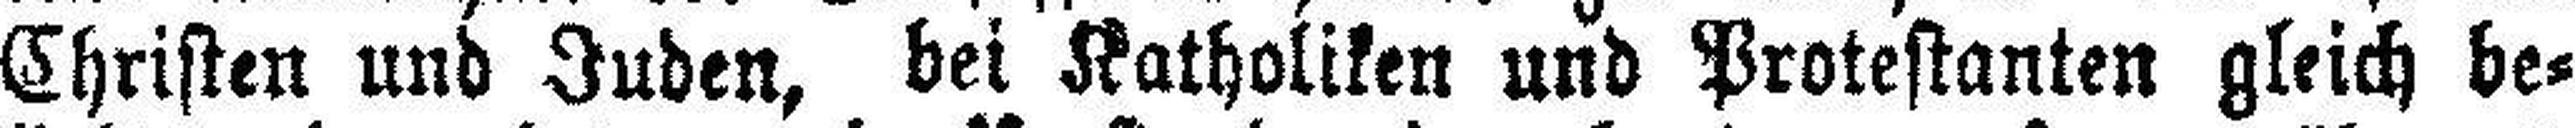
Christen und Juden, bei Katholiken und Protestanten gleich be¬